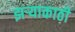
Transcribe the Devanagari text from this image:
झर्‍याकाठी